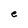
Character: e